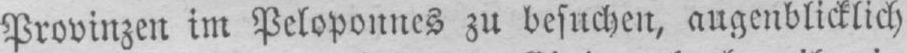
Provinzen im Peloponnes zu besuchen, augenblicklich